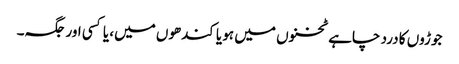
جوڑوں کا درد چاہے ٹخنوں میں ہو یا کندھوں میں، یا کسی اور جگہ۔